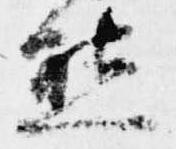
態